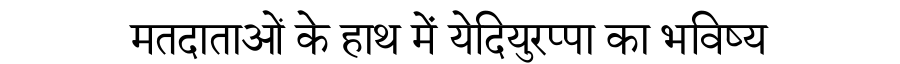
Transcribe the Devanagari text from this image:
मतदाताओं के हाथ में येदियुरप्पा का भविष्य